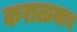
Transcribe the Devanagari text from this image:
करालानाथ